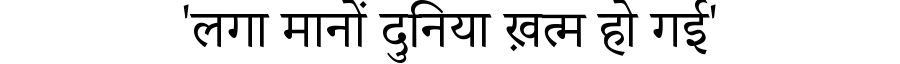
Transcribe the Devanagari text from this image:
'लगा मानों दुनिया ख़त्म हो गई'